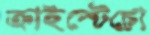
ক্রাইস্টেচো